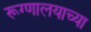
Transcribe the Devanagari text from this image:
रूग्णालयाच्या